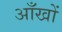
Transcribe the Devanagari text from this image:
अाँखों